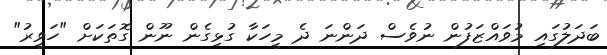
ބަދަލުގައި މުވައްޒަފުން ނުވެސް ދަންނަ ދެ މީހަކާ ގުޅިގެން ނޫން ގޮތަކަށް "ހަވީރު"